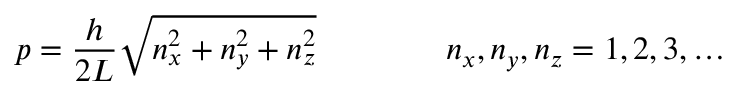
p = { \frac { h } { 2 L } } { \sqrt { n _ { x } ^ { 2 } + n _ { y } ^ { 2 } + n _ { z } ^ { 2 } } } \qquad \qquad n _ { x } , n _ { y } , n _ { z } = 1 , 2 , 3 , \ldots